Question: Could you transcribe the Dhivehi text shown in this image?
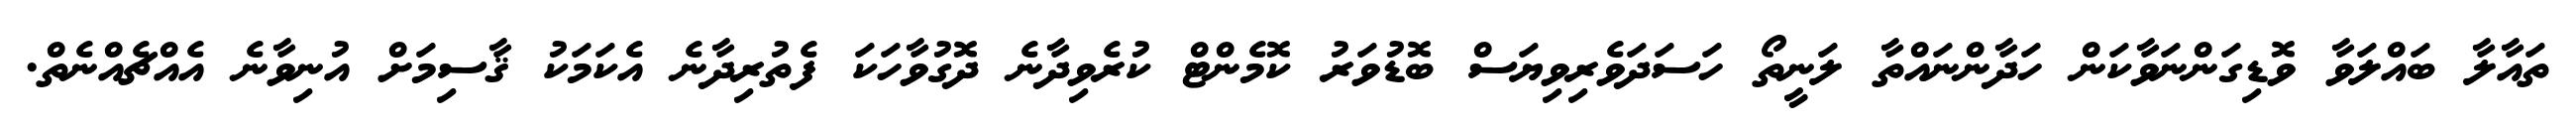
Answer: ތައާލާ ބައްލަވާ ވޮޑިގަންނަވާކަން ހަދާންނައްތާ ލަނީތޯ ހަސަދަވެރިވިޔަސް ބޮޑުވަރު ކޮމެންޓް ކުރެވިދާނެ ދޮގުވާހަކަ ފެތުރިދާނެ އެކަމަކު ޤާސިމަށް އުނިވާނެ އެއްޗެއްނެތް.